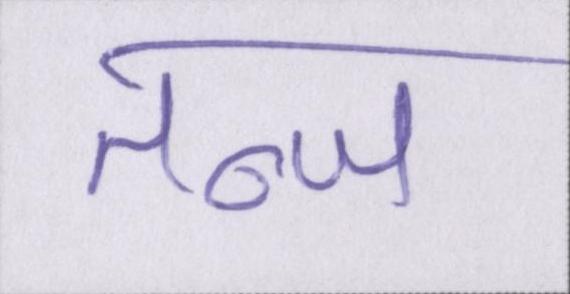
तन्ज